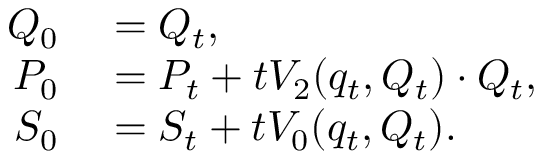
\begin{array} { r l } { Q _ { 0 } } & { { } = Q _ { t } , } \\ { P _ { 0 } } & { { } = P _ { t } + t V _ { 2 } ( q _ { t } , Q _ { t } ) \cdot Q _ { t } , } \\ { S _ { 0 } } & { { } = S _ { t } + t V _ { 0 } ( q _ { t } , Q _ { t } ) . } \end{array}